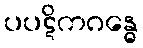
ပပဋိကဂန္ဓေ